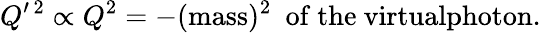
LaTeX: Q^{\prime\, 2}\propto Q^{2}=-(\mathrm{mass})^{2}\ \mathrm{~of~the~virtualphoton}.